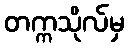
တက္ကသိုလ်မှ